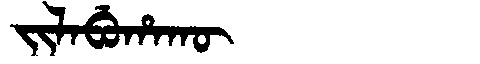
Manchu: ᠵᡳᠯᠠᠪᡠᡥᠠᡴᡡ
Romanization: JILABUHAKŪ